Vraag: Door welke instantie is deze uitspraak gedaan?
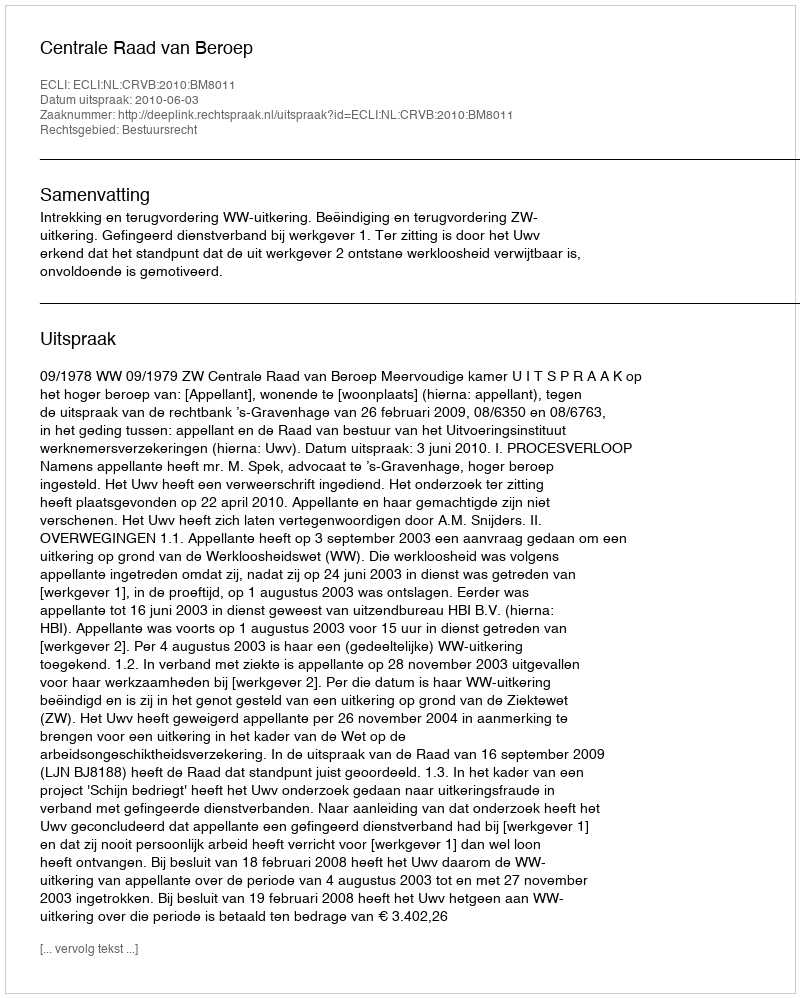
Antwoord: Centrale Raad van Beroep